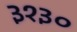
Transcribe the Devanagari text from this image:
३१३०